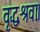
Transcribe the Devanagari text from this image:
वृद्धश्रवाः।